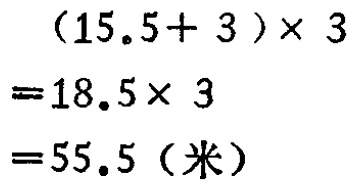
\((15.5 + 3)\times3\)

\(= 18.5\times3\)

\(= 55.5 (\text{米})\)